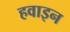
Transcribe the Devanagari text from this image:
हवाइन